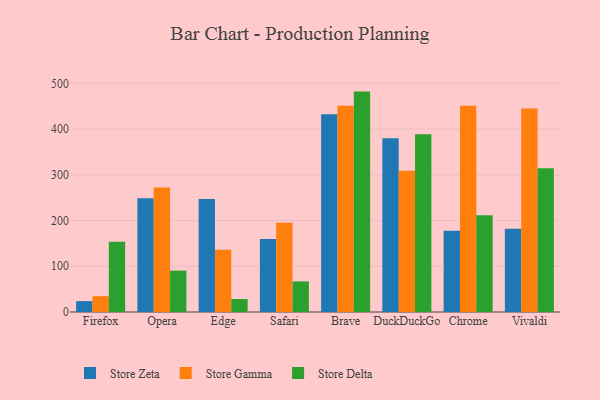
{"axis": {"x": "Browser", "y": "LTV (USD)"}, "legend": ["Store Delta", "Store Gamma", "Store Zeta"], "data": [{"x": "Firefox", "y": 23.8, "type": "Store Zeta"}, {"x": "Firefox", "y": 34.6, "type": "Store Gamma"}, {"x": "Firefox", "y": 153.5, "type": "Store Delta"}, {"x": "Opera", "y": 248.6, "type": "Store Zeta"}, {"x": "Opera", "y": 272.4, "type": "Store Gamma"}, {"x": "Opera", "y": 90.5, "type": "Store Delta"}, {"x": "Edge", "y": 247.0, "type": "Store Zeta"}, {"x": "Edge", "y": 136.3, "type": "Store Gamma"}, {"x": "Edge", "y": 28.5, "type": "Store Delta"}, {"x": "Safari", "y": 159.6, "type": "Store Zeta"}, {"x": "Safari", "y": 195.0, "type": "Store Gamma"}, {"x": "Safari", "y": 66.9, "type": "Store Delta"}, {"x": "Brave", "y": 432.6, "type": "Store Zeta"}, {"x": "Brave", "y": 451.3, "type": "Store Gamma"}, {"x": "Brave", "y": 482.0, "type": "Store Delta"}, {"x": "DuckDuckGo", "y": 379.9, "type": "Store Zeta"}, {"x": "DuckDuckGo", "y": 308.7, "type": "Store Gamma"}, {"x": "DuckDuckGo", "y": 388.7, "type": "Store Delta"}, {"x": "Chrome", "y": 177.7, "type": "Store Zeta"}, {"x": "Chrome", "y": 450.8, "type": "Store Gamma"}, {"x": "Chrome", "y": 211.5, "type": "Store Delta"}, {"x": "Vivaldi", "y": 182.2, "type": "Store Zeta"}, {"x": "Vivaldi", "y": 445.0, "type": "Store Gamma"}, {"x": "Vivaldi", "y": 314.3, "type": "Store Delta"}]}